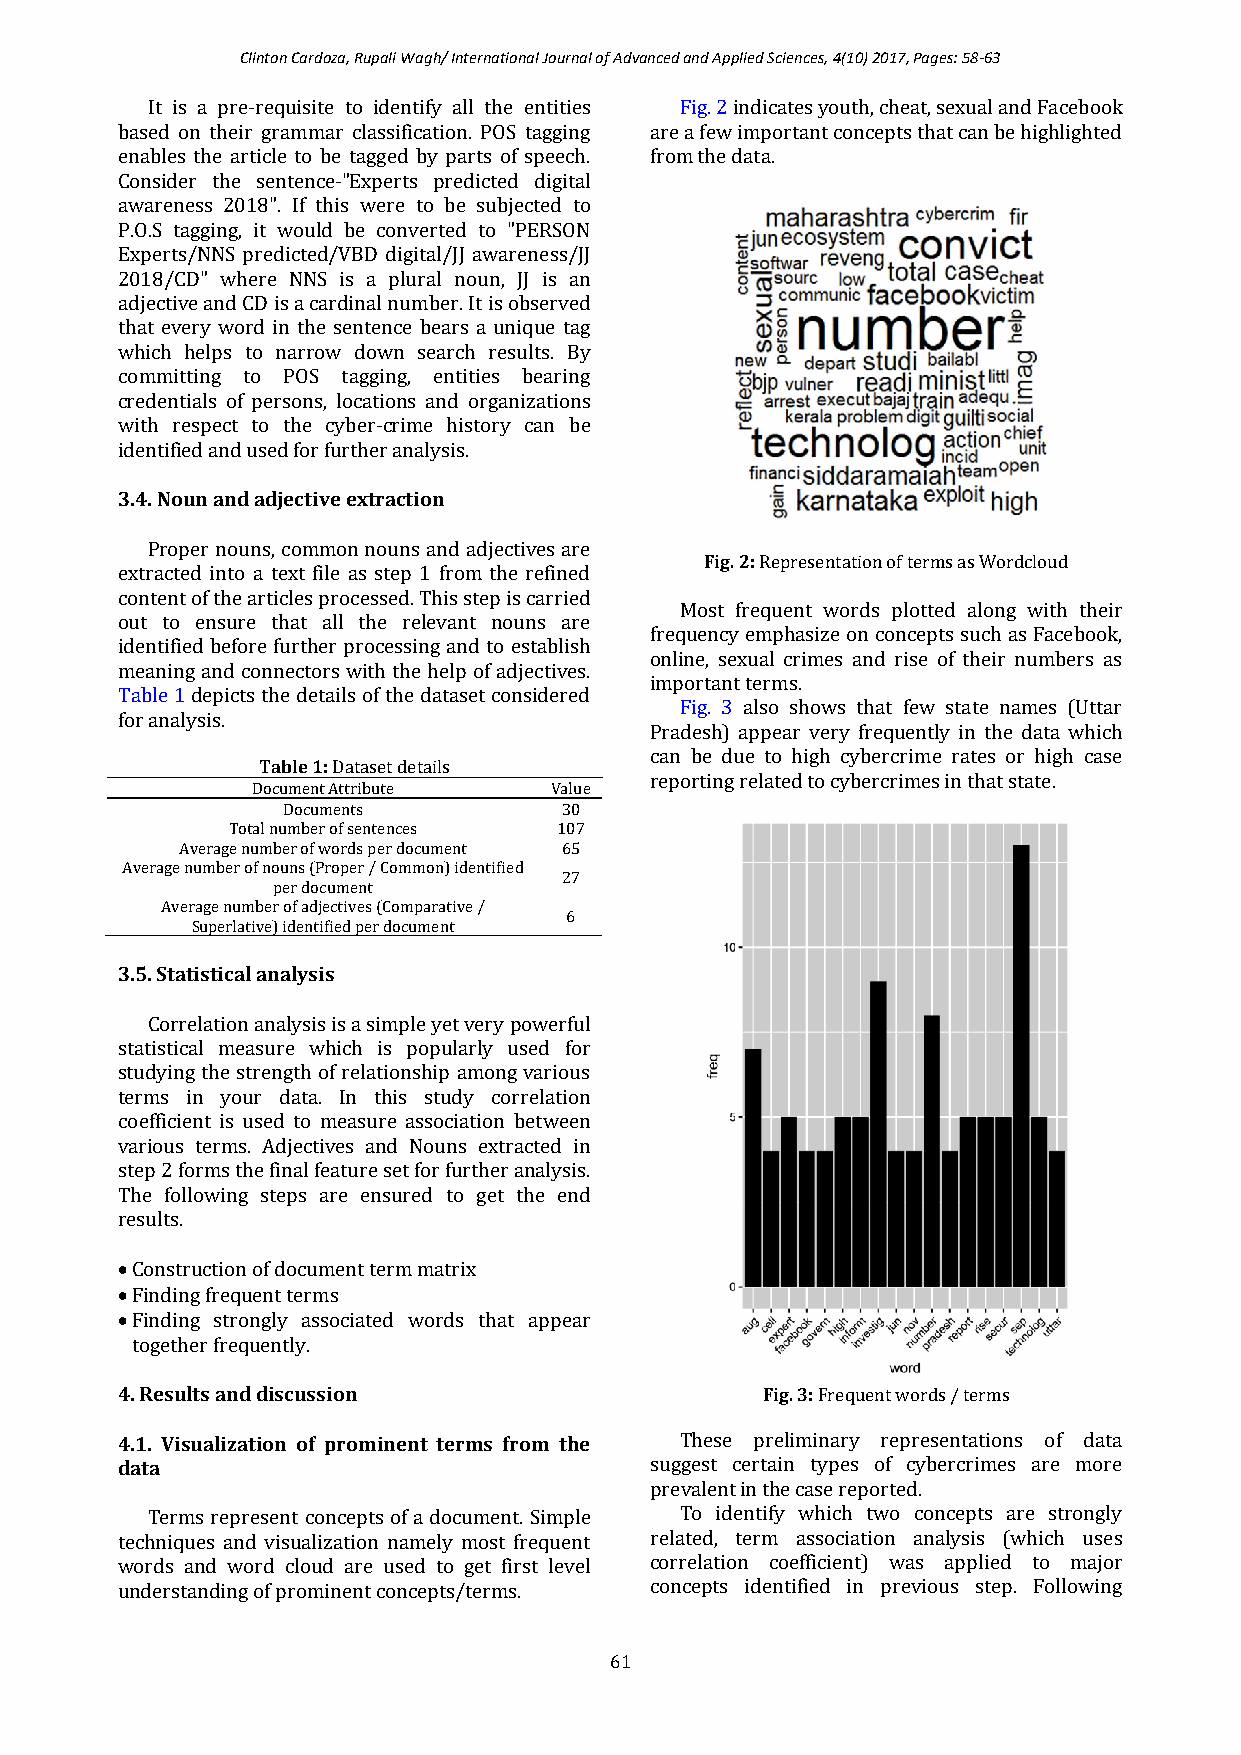
Clinton Cardoza, Rupali Wagh/ International Journal of Advanced and Applied Sciences, 4(10) 2017, Pages: 58-63
 It is a pre-requisite to identify all the entities Fig. 2 indicates youth, cheat, sexual and Facebook
 based on their grammar classification. POS tagging are a few important concepts that can be highlighted
 enables the article to be tagged by parts of speech. from the data.
 Consider the sentence-"Experts predicted digital
 awareness 2018". If this were to be subjected to
 P.O.S tagging, it would be converted to "PERSON
 Experts/NNS predicted/VBD digital/JJ awareness/JJ
 2018/CD" where NNS is a plural noun, JJ is an
 adjective and CD is a cardinal number. It is observed
 that every word in the sentence bears a unique tag
 which helps to narrow down search results. By
 committing to POS tagging, entities bearing
 credentials of persons, locations and organizations
 with respect to the cyber-crime history can be
 identified and used for further analysis.
 3.4. Noun and adjective extraction
 Proper nouns, common nouns and adjectives are
 Fig. 2: Representation of terms as Wordcloud
 extracted into a text file as step 1 from the refined
 content of the articles processed. This step is carried
 Most frequent words plotted along with their
 out to ensure that all the relevant nouns are
 frequency emphasize on concepts such as Facebook,
 identified before further processing and to establish
 online, sexual crimes and rise of their numbers as
 meaning and connectors with the help of adjectives.
 important terms.
 Table 1 depicts the details of the dataset considered
 Fig. 3 also shows that few state names (Uttar
 for analysis.
 Pradesh) appear very frequently in the data which
 can be due to high cybercrime rates or high case
 Table 1: Dataset details
 reporting related to cybercrimes in that state.
 Document Attribute Value
 Documents         30
 Total number of sentences 107
 Average number of words per document 65
 Average number of nouns (Proper / Common) identified
 27
 per document
 Average number of adjectives (Comparative /
 6
 Superlative) identified per document
 3.5. Statistical analysis
 Correlation analysis is a simple yet very powerful
 statistical measure which is popularly used for
 studying the strength of relationship among various
 terms in your data. In this study correlation
 coefficient is used to measure association between
 various terms. Adjectives and Nouns extracted in
 step 2 forms the final feature set for further analysis.
 The following steps are ensured to get the end
 results.
  Construction of document term matrix
  Finding frequent terms
  Finding strongly associated words that appear
 together frequently.
 4. Results and discussion                 Fig. 3: Frequent words / terms
 4.1. Visualization of prominent terms from the These preliminary representations of data
 data                               suggest certain types of cybercrimes are more
 prevalent in the case reported.
 Terms represent concepts of a document. Simple To identify which two concepts are strongly
 techniques and visualization namely most frequent related, term association analysis (which uses
 words and word cloud are used to get first level correlation coefficient) was applied to major
 understanding of prominent concepts/terms. concepts identified in previous step. Following
 61